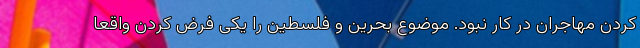
کردن مهاجران در کار نبود. موضوع بحرین و فلسطین را یکی فرض کردن واقعا